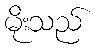
မိုးသည်